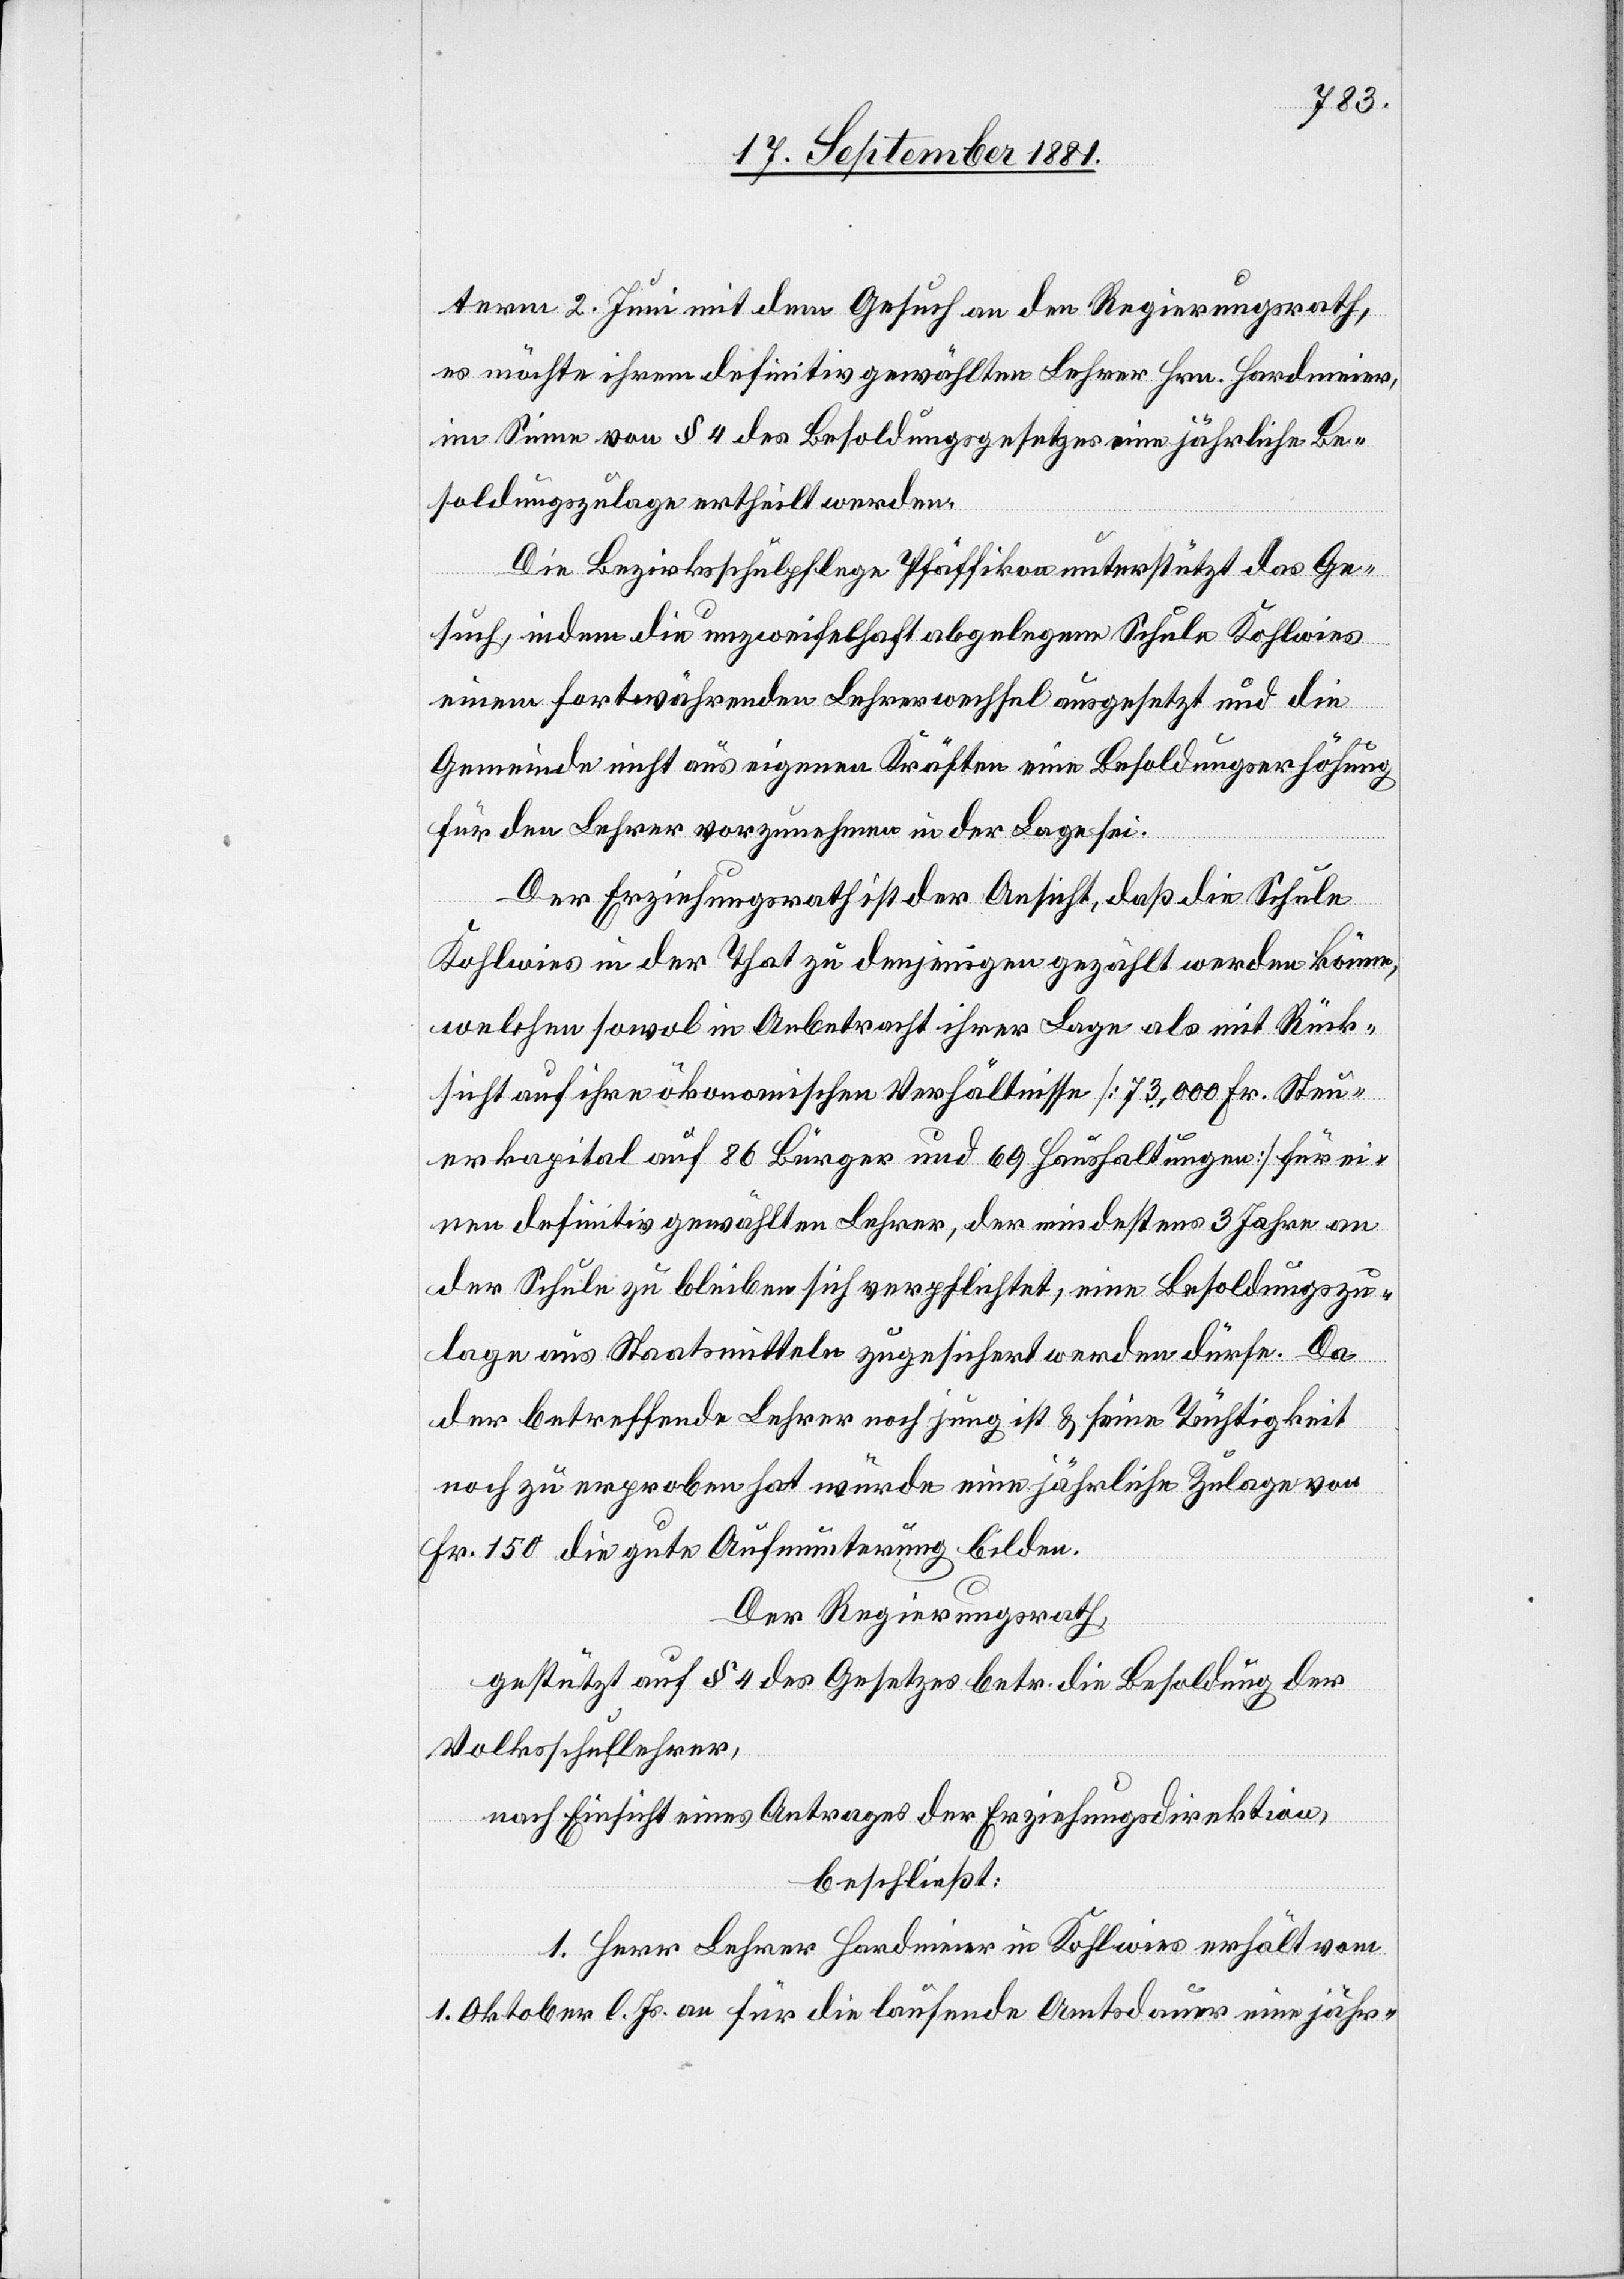
term 2. Juni mit dem Gesuch an den Regierungsrath,
es möchte ihrem definitiv gewählten Lehrer Hrn. Hardmeier,
im Sinne von § 4 des Besoldungsgesetzes eine jährliche Be¬
soldungszulage ertheilt werden.
Die Bezirksschulpflege Pfäffikon unterstützt das Ge¬
such, indem die unzweifelhaft abgelegene Schule Kohlwies
einem fortwährenden Lehrerwechsel ausgesetzt und die
Gemeinde nicht aus eigenen Kräften eine Besoldungserhöhung
für den Lerher vorzunehmen in der Lage sei.
Der Erziehungsrath ist der Ansicht, daß die Schule
Kohlwies in der That zu denjenigen gezählt werden könne,
welchen sowol in Anbetracht ihrer Lage als mit Rück¬
sicht auf ihre ökonomischen Verhältnisse [73.000 Fr. Steu¬
erkapital auf 86 Bürger und 69 Haushaltungen] für ei¬
nen definitiv gewählten Lehrer, der mindestens 3 Jahre an
der Schule zu bleiben sich verpflichtet, eine Besoldungszu¬
lage aus Staatsmitteln zugesichert werden dürfe. Da
der betreffende Lehrer noch jung ist & seine Tüchtigkeit
noch zu erproben hat würde eine jährliche Zulage von
Fr. 150 die gute Aufmunterung bilden.
Der Regierungsrath,
gestützt auf § 4 des Gesetzes betr. die Besoldung der
Volksschullehrer,
nach Einsicht eines Antrages der Erziehungsdirektion,
beschließt:
1. Herr Lehrer Hardmeier in Kohlwies erhält vom
1. Oktober l. Js. an für die laufende Amtsdauer eine jähr-